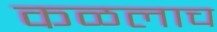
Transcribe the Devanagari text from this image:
कळलाच